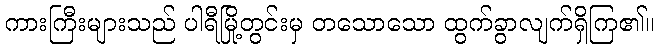
ကားကြီးများသည် ပါရီမြို့တွင်းမှ တသောသော ထွက်ခွာလျက်ရှိကြ၏။